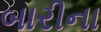
બારીના